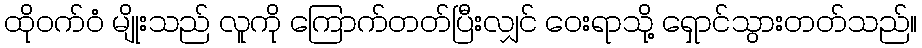
ထိုဝက်ဝံ မျိုးသည် လူကို ကြောက်တတ်ပြီးလျှင် ဝေးရာသို့ ရှောင်သွားတတ်သည်။